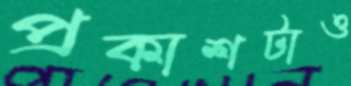
প্রকাশটাও